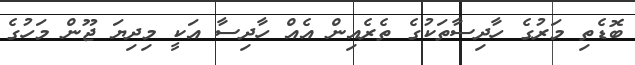
ބޮޑެތި މަރުގެ ހާދިސާތަކުގެ ތެރެއިން އެއް ހާދިސާ އަކީ މިިދިޔަ ޖޫން މަހުގެ